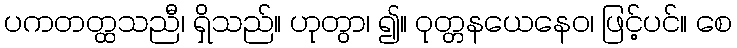
ပကတတ္ထသညီ၊ ရှိသည်။ ဟုတွာ၊ ၍။ ဝုတ္တနယေနေဝ၊ ဖြင့်ပင်။ စေ